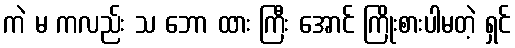
ကဲ မ ကလည်း သ ဘော ထား ကြီး အောင် ကြိုးစားပါမတဲ့ ရှင်